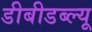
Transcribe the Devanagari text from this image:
डीबीडब्ल्यू